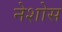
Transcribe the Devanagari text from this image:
नेशोस